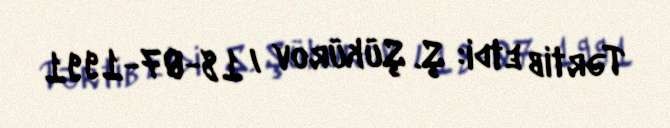
Tərtib etdi: Ş. Şükürov / 18-07-1991